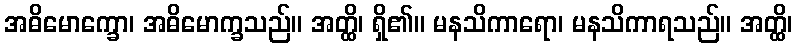
အဓိမောက္ခော၊ အဓိမောက္ခသည်။ အတ္ထိ၊ ရှိ၏။ မနသိကာရော၊ မနသိကာရသည်။ အတ္ထိ၊